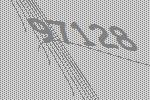
97128